system: You are a helpful assistant.
user:
Analyze the provided spectrum to determine if it is a **Carbon Star (C-type)**.

- **Key Visual Indicators of Carbon Star:**
    - **(Primary):** Strong molecular absorption from **C₂ (diatomic carbon) "Swan Bands."** This is the **defining feature** of a carbon star.
        - **(Key Bandheads):** Sharp absorption edges are visible at approximately $5635$ Å, $5165$ Å (the strongest band), and $4737$ Å.
        - **(Line Profile):** Creates a distinct **"saw-tooth"** pattern. The key morphology is a sharp, steep bandhead on the **red (long-wavelength) side**, which then gradually tapers off (i.e., flux recovers) towards the **blue (short-wavelength) side**. *(This is the direct opposite of the TiO bands seen in M-type stars)*.

    - **(Secondary):** Intense **CN (cyanogen)** molecular absorption bands.
        - **(Key Bandheads):** Located in the blue and violet regions of the spectrum (e.g., near $4215$ Å and $3883$ Å).
        - **(Morphology):** These bands are extremely broad and act as a "blanket," absorbing the vast majority of blue and violet light. This creates a characteristic **"cliff"** or **"steep drop-off"** in the spectrum's flux at short wavelengths.

    - **(Key Confirmation):** Strong **CH absorption band (G-band)**.
        - **(Key Bandhead):** Located around $4300$ Å. The contribution from CH molecules to this band is exceptionally strong.

    - **(Overall Spectrum):**
        - The continuum is severely "chopped up" by these deep molecular bands, especially C₂, rather than appearing as a smooth curve.
        - Due to the heavy CN and C₂ absorption in the blue-green, the vast majority of the star's flux is concentrated in the red part of the spectrum, giving the star its characteristic deep red color.

Think first, call **spectral_visualization_tool** if needed to examine features in detail, then provide your final answer. Your response must adhere to the following strict rules:
1.  **Overall Structure:** Your response must follow the format `<think>...</think> <tool_call>...</tool_call> (if a tool is used) <answer>...</answer>`.
2.  **Tool Usage Constraint:** You may only make **one** tool call per turn.
3.  **Final Answer Format:** In the `<answer>` tag, your conclusion must be inside a `\boxed{}` command (e.g., `\boxed{YES}`), followed by your justification.

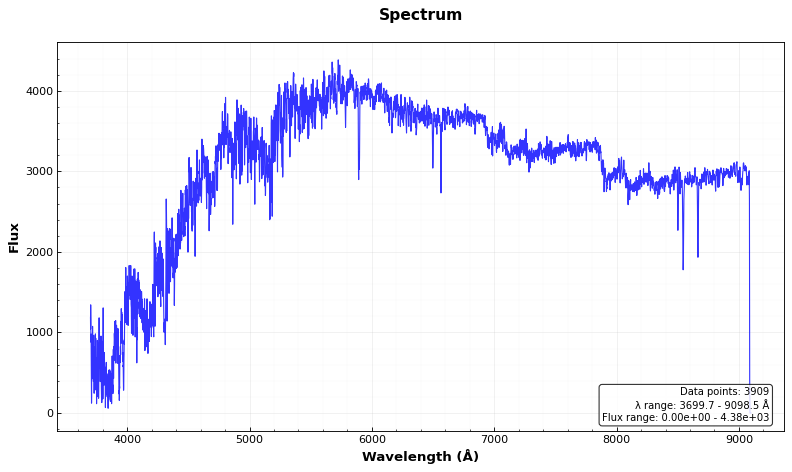
Answer: YES